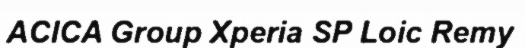
ACICA Group Xperia SP Loic Remy